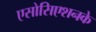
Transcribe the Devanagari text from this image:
एसोसिएशनके